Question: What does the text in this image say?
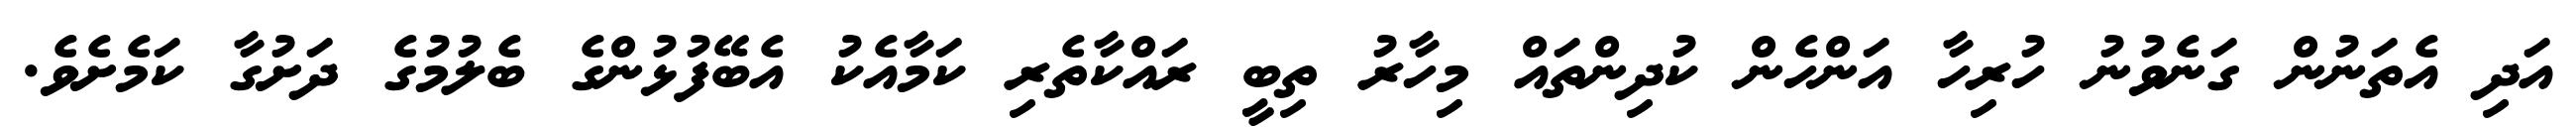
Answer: އަދި އެތަނުން ގަނެވުނު ހުރިހާ އަންހެން ކުދިންތައް މިހާރު ތިބީ ރައްކާތެރި ކަމާއެކު އެބޭފުޅުންގެ ބެލުމުގެ ދަށުގާ ކަމެށެވެ.